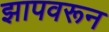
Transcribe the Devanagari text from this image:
झापवरून